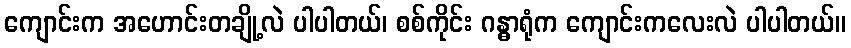
ကျောင်းက အဟောင်းတချို့လဲ ပါပါတယ်၊ စစ်ကိုင်း ဂန္ဓာရုံက ကျောင်းကလေးလဲ ပါပါတယ်။